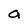
Character: a